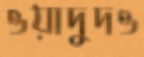
ওয়াদুদও